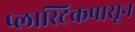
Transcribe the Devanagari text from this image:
प्लास्टिकपासून